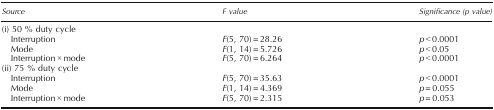
<table><thead><tr><td><b>Source</b></td><td><b><i>F</i> value</b></td><td><b>Significance (<i>p</i> value)</b></td></tr></thead><tbody><tr><td colspan="3">(i) 50 % duty cycle</td></tr><tr><td> Interruption</td><td><i>F</i>(5, 70) = 28.26</td><td><i>p</i> &lt; 0.0001</td></tr><tr><td> Mode</td><td><i>F</i>(1, 14) = 5.726</td><td><i>p</i> &lt; 0.05</td></tr><tr><td> Interruption × mode</td><td><i>F</i>(5, 70) = 6.264</td><td><i>p</i> &lt; 0.0001</td></tr><tr><td colspan="3">(ii) 75 % duty cycle</td></tr><tr><td> Interruption</td><td><i>F</i>(5, 70) = 35.63</td><td><i>p</i> &lt; 0.0001</td></tr><tr><td> Mode</td><td><i>F</i>(1, 14) = 4.369</td><td><i>p</i> = 0.055</td></tr><tr><td> Interruption × mode</td><td><i>F</i>(5, 70) = 2.315</td><td><i>p</i> = 0.053</td></tr></tbody></table>